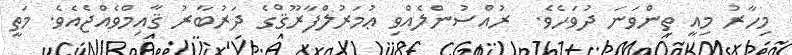
މިހާރު މިއީ ތިންވަނަ ދުވަހެވެ.  ރުއްސުންލެއްވި ޢުމަރުލްފާރޫޤްގެ ދަރުބާރު ޤާއިމްވެއްޖެއެވެ. މަތީ